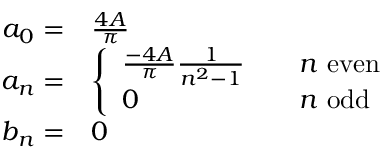
\begin{array} { r l } { a _ { 0 } = } & { { } { \frac { 4 A } { \pi } } } \\ { a _ { n } = } & { { } { \left\{ \begin{array} { l l } { { \frac { - 4 A } { \pi } } { \frac { 1 } { n ^ { 2 } - 1 } } } & { \quad n { \mathrm { ~ e v e n } } } \\ { 0 } & { \quad n { \mathrm { ~ o d d } } } \end{array} \right. } } \\ { b _ { n } = } & { { } 0 } \end{array}